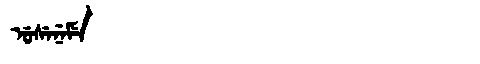
Manchu: ᡠᠰᡝᠨᡝᠮᡝ
Romanization: USENEME